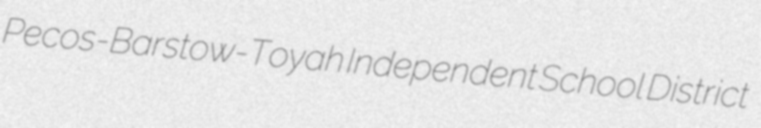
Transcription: Pecos-Barstow-Toyah Independent School District